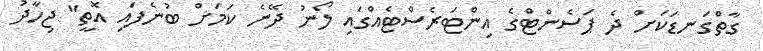
ގާތްގަނޑަކަށް ދެ ޕަސެންޓްގެ އިންޓަރެސްޓެއްގައި ލޯނު ދޭނެ ކަމަށް ބުނެފައި އޮތީ" ޖިހާދު